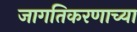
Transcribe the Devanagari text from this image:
जागतिकरणाच्या